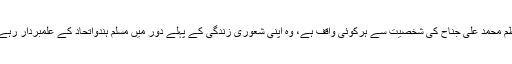
قائداعظم محمد علی جناح کی شخصیت سے ہرکوئی واقف ہے، وہ اپنی شعوری زندگی کے پہلے دور میں مسلم ہندواتحاد کے علمبردار رہے تھے۔